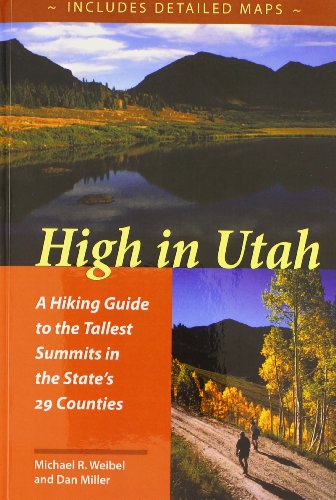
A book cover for High In Utah; Michael Weibel; Travel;